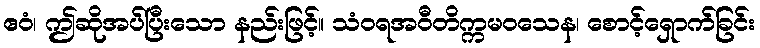
ဧဝံ၊ ဤဆိုအပ်ပြီးသော နည်းဖြင့်။ သံဝရအဝီတိက္ကမဝသေန၊ စောင့်ရှောက်ခြင်း